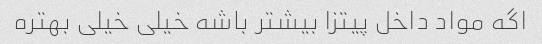
اگه مواد داخل پیتزا بیشتر باشه خیلی خیلی بهتره